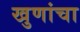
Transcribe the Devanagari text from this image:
खुणांचा